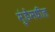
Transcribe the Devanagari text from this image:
मुंडेंमधील